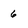
Character: 6